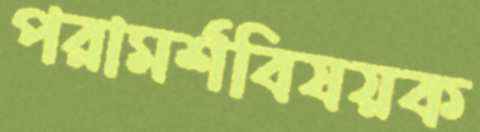
পরামর্শবিষয়ক